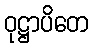
ဝုဋ္ဌာပိတေ